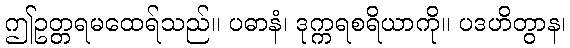
ဤဥတ္တရမထေရ်သည်။ ပဓာနံ၊ ဒုက္ကရစရိယာကို။ ပဒဟိတွာန၊